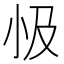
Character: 𭕅